Insane asylums in Bengal annual reports 1876-1887 - 1876-1887
Year: 1876
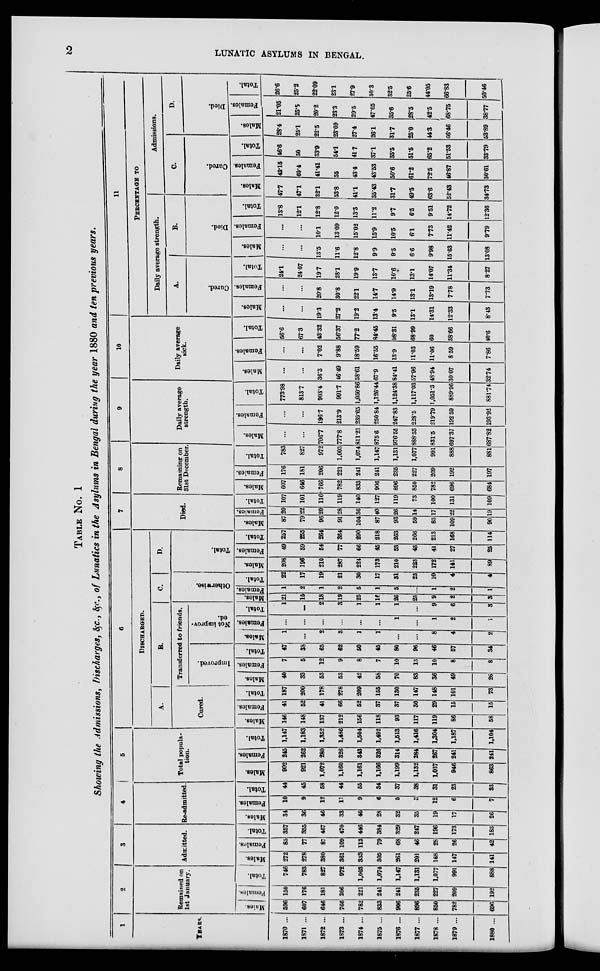
2
LUNATIC ASYLUMS IN BENGAL.
TABLE NO. 1
Showing the Admissions, Discharges, &c., &c., of Lunatics in the Asylums in Bengal during the year 1880 and ten previous years.
1
YEARS.
1870 ...
1871 ...
1872 ...
1873 ...
1874 ...
1875 ...
1876 ...
1877 ...
1878 ...
1879 ...
1880 ...
2
Remained on
1st January.
Males.
596
607
646
766
782
833
906
896
850
782
696
Females.
150
176
181
206
221
241
241
235
227
209
192
Total.
746
783
827
972
1,003
1,074
1,147
1,131
1,077
991
888
3
Admitted.
Males.
272
278
380
361
333
305
261
201
168
147
141
Females.
85
77
87
109
113
79
68
46
28
26
42
Total.
357
355
467
470
446
384
329
247
196
173
183
4
Re-admitted.
Males.
34
36
46
33
46
28
32
35
19
17
26
Females.
10
9
12
11
9
6
5
3
12
6
7
Total.
44
45
58
44
55
34
37
38
31
23
33
5
Total popula-
tion.
Males.
902
921
1,072
1,160
1,161
1,166
1,199
1,132
1,037
946
863
Females.
245
262
280
326
343
326
314
284
267
241
241
Total.
1,147
1,183
1,352
1,486
1,504
1,492
1,513
1,416
1,304
1,187
1,104
6
DISCHARGED.
A.
Cured.
Males.
146
148
137
212
156
118
93
117
119
86
58
Females.
41
52
41
66
52
37
37
30
29
15
15
Total.
187
200
178
278
209
155
130
147
148
101
73
B.
Transferred to friends.
Improved.
Males.
40
33
53
53
42
38
70
83
36
49
26
Females.
7
5
12
9
8
7
10
13
10
8
8
Total.
47
38
65
62
50
45
80
96
46
57
34
Not improv-
ed.
Males.
1
...
2
3
1
1
...
...
8
4
2
Females.
...
...
...
...
...
...
1
...
1
2
1
Total.
1
...
2
3
1
1
1
...
9
6
3
C.
Otherwise.
Males.
21
15
18
19
25
16
26
23
9
2
3
Females.
1
2
1
2
5
1
5
...
1
2
1
Total.
22
17
19
21
30
17
31
23
10
4
4
D.
Total.
Males.
208
196
210
287
224
173
210
223
172
141
89
Females.
49
59
54
77
66
45
53
43
41
27
25
Total.
257
255
264
364
290
218
263
266
213
168
114
7
Died.
Males.
87
79
96
91
104
87
93
59
83
109
90
Females.
20
22
20
28
36
40
26
14
17
22
19
Total.
107
101
116
119
140
127
119
73
100
131
109
8
Remaining on
31st December
Males.
607
646
766
782
833
906
896
850
782
696
684
Females.
176
181
206
221
241
241
235
227
209
192
197
Total.
783
827
972
1,003
1,074
1,147
1,131
1,077
991
888
881
9
Daily average
strength.
Males.
...
...
706.7
777.8
811.21
875.6
976.55
888.53
831.5
697.37
687.82
Females.
...
...
196.7
213.9
239.65
250.84
247.83
228.5
219.79
192.59
193.92
Total.
773.98
813.7
903.4
991.7
1,050.86
1,126.44
1,124.38
1,117.03
1,051.3
889.96
881.74
10
Daily average
sick.
Males.
...
...
36.3
46.49
58.61
67.9
84.41
57.96
48.94
30.07
32.74
Females.
...
...
7.02
9.88
18.59
16.55
13.9
11.03
11.06
8.59
7.86
Total.
56.6
67.3
43.32
56.37
77.2
84.45
98.31
68.99
60
38.66
40.6
11
PERCENTAGE TO
Daily average strength.
A.
Cured.
Males.
...
...
19.3
27.2
19.2
13.4
9.5
13.1
14.31
12.33
8.43
Females.
...
...
20.8
30.8
22.1
14.7
14.9
13.1
13.19
7.78
7.73
Total.
24.1
24.07
19.7
28.1
19.9
13.7
10.6
13.1
14.07
11.34
8.27
B.
Died.
Males.
. . .
...
13.5
11.6
12.8
9.9
9.5
6.6
9.98
15.63
13.08
Females.
...
...
10.1
13.09
15.02
15.9
10.5
6.1
7.73
11.42
9.79
Total.
13.8
12.1
12.8
12.0
13.3
11.2
9.7
6.5
9.51
14.72
12.36
Admissions.
C.
Cured.
Males.
47.7
47.1
32.1
53.8
41.1
35.43
3l.7
49.5
63.6
52.43
34.73
Females.
43.15
60.4
41.41
55
43.4
43.53
50.6
61.2
72.5
46.87
30.61
Total.
46.6
50
33.9
54.1
41.7
37.1
35.5
51.5
65.2
51.53
33.79
D.
Died.
Males.
28.4
25.1
22.5
23.09
27.4
26.1
31.7
25.0
44.3
66.46
53.89
Females.
21.05
25.5
20.2
23.3
29.5
47.05
35.6
28.5
42.5
68.75
38.77
Total.
26.6
25.2
22.09
23.1
27.9
30.3
32.5
25.6
44.05
66.83
50.46